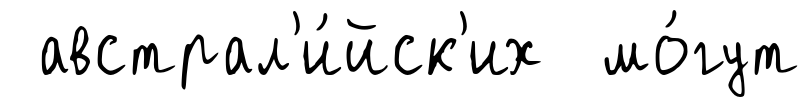
австрал'и́йск'их мо́гут